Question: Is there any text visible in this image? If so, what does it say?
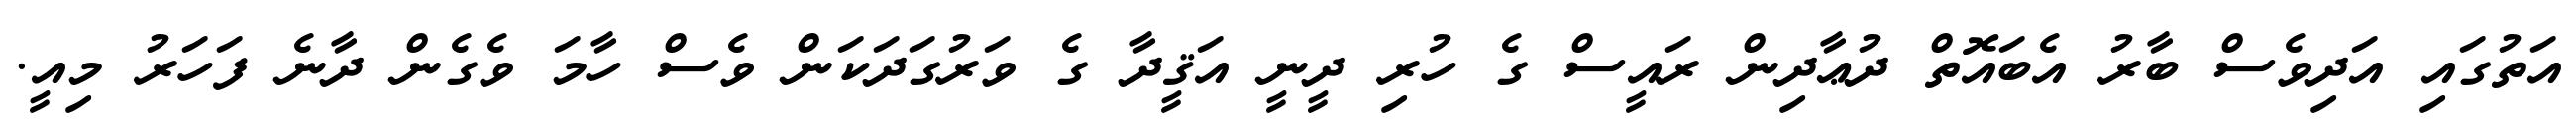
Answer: އަތުގައި އަދިވެސް ބާރު އެބައޮތް ދުޢާދިން ރައީސް ގެ ހުރި ދީނީ އަޤީދާ ގެ ވަރުގަދަކަން ވެސް ހާމަ ވެގެން ދާނެ ފަހަރު މިއީ.